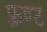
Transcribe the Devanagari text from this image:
फ़्रण्ट